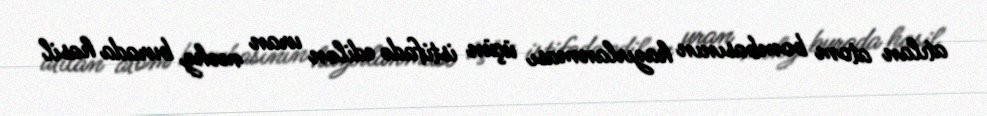
atılan atom bombasının hazırlanması üçün istifadə edilən uran məhz burada hasil